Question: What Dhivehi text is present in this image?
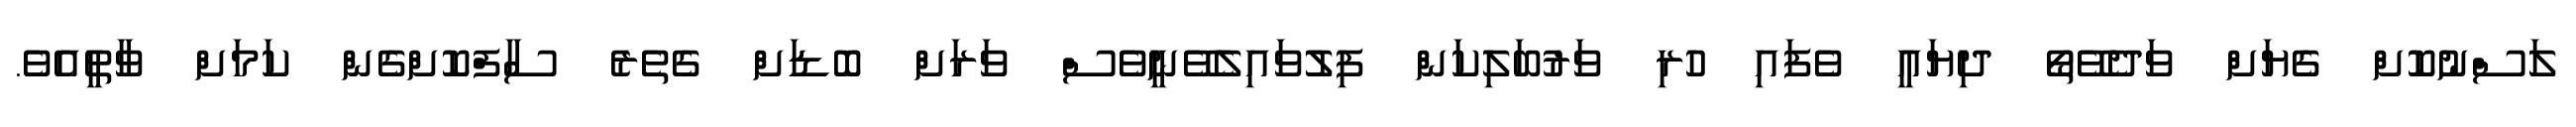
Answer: ލަސްނުކޮށް ގެޔަށް ވަދެވޭތޯ ދިޔައީ ވެފައި ހުރި ވަރުބަލިކަން ފިލުވައިލެވޭނީވެސް ވަރަށް ބޮޑަށް ގެތެރެ ސާފްކޮށްގެން ކަމަށް ވާތީއެވެ.